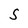
Character: S